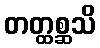
တတ္ထစ္ဆသိ